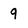
Character: 9